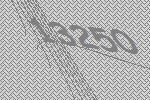
13250